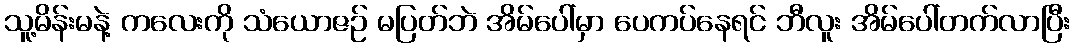
သူ့မိန်းမနဲ့ ကလေးကို သံယောဇဉ် မပြတ်ဘဲ အိမ်ပေါ်မှာ ပေကပ်နေရင် ဘီလူး အိမ်ပေါ်တက်လာပြီး